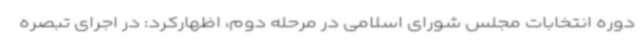
دوره انتخابات مجلس شورای اسلامی در مرحله دوم، اظهارکرد: در اجرای تبصره